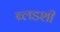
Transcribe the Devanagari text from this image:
ब्लडशी